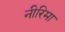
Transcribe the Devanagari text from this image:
नीरिमा